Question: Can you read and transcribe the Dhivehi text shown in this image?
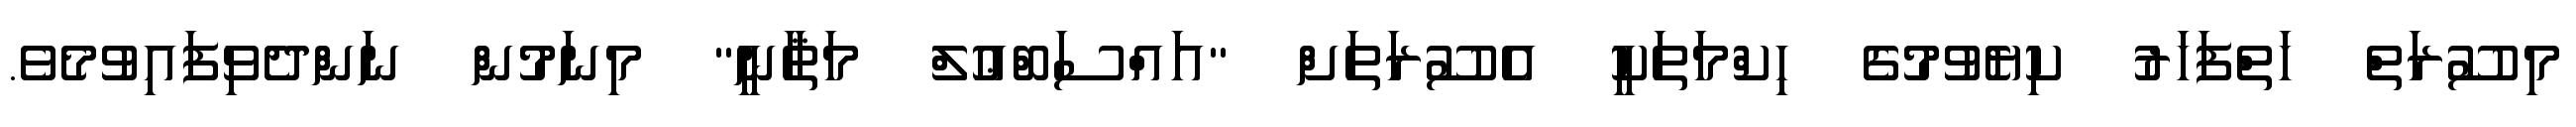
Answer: މިސޫރަތް ހަތްފަހަރު ކިޔެވުމުގެ ޙިކްމަތަކީ އެސޫރަތަށް "އައްސަބްޢުލް މަޘާނީ" މިނަމުން ނަންދެވިފައިވުމެވެ.